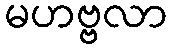
မဟဗ္ဗလာ